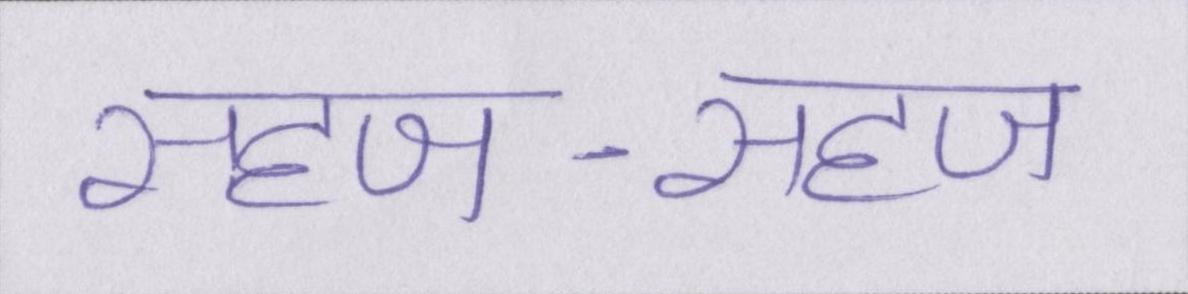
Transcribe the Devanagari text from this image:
सहज-सहज